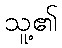
သူ့၏